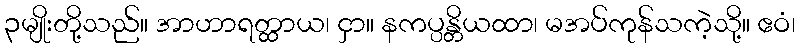
၃မျိုးတို့သည်။ အာဟာရတ္ထာယ၊ ငှာ။ နကပ္ပန္တိယထာ၊ မအပ်ကုန်သကဲ့သို့။ ဧဝံ၊